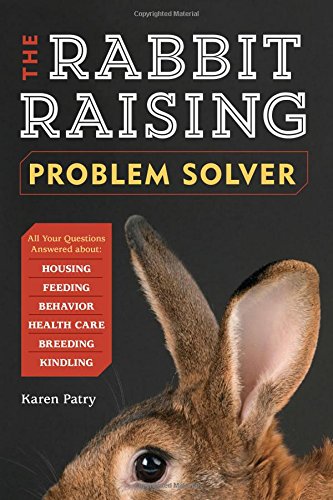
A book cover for The Rabbit-Raising Problem Solver: Your Questions Answered about Housing, Feeding, Behavior, Health Care, Breeding, and Kindling; Karen Patry; Crafts, Hobbies & Home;